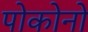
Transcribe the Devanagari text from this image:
पोकोनो